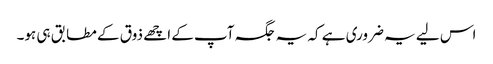
اس لیے یہ ضروری ہے کہ یہ جگہ آپ کے اچھے ذوق کے مطابق ہی ہو۔